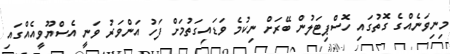
މިނިވަނެއްގެ ގޮތުގައި ހޮސްޕިޓަލުން ބޭރަށް ނިކުމެ ވަޑައިގަތުމަށް ފަހު އަންވަރު ވަނީ އެސްޔޫވީއެއްގައި